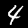
Label: 4